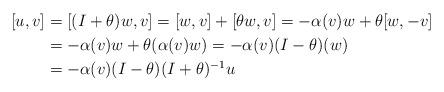
LaTeX: \begin{align*} [u,v]&=[(I+\theta)w,v]=[w,v]+[\theta w,v] =-\alpha(v)w+\theta[w,-v] \\ &=-\alpha(v)w+\theta (\alpha(v)w)=-\alpha(v)(I-\theta)(w)\\ &=-\alpha(v)(I-\theta)(I+\theta)^{-1}u\end{align*}